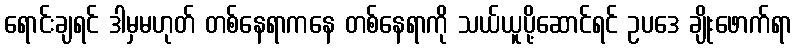
ရောင်းချရင် ဒါမှမဟုတ် တစ်နေရာကနေ တစ်နေရာကို သယ်ယူပို့ဆောင်ရင် ဥပဒေ ချိုးဖောက်ရာ